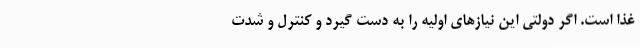
غذا است. اگر دولتی این نیازهای اولیه را به دست گیرد و کنترل و شدت